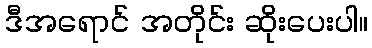
ဒီအရောင် အတိုင်း ဆိုးပေးပါ။